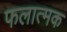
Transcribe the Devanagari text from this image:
फलात्मक